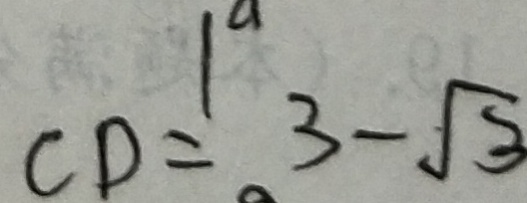
C D = 3 - \sqrt { 3 }